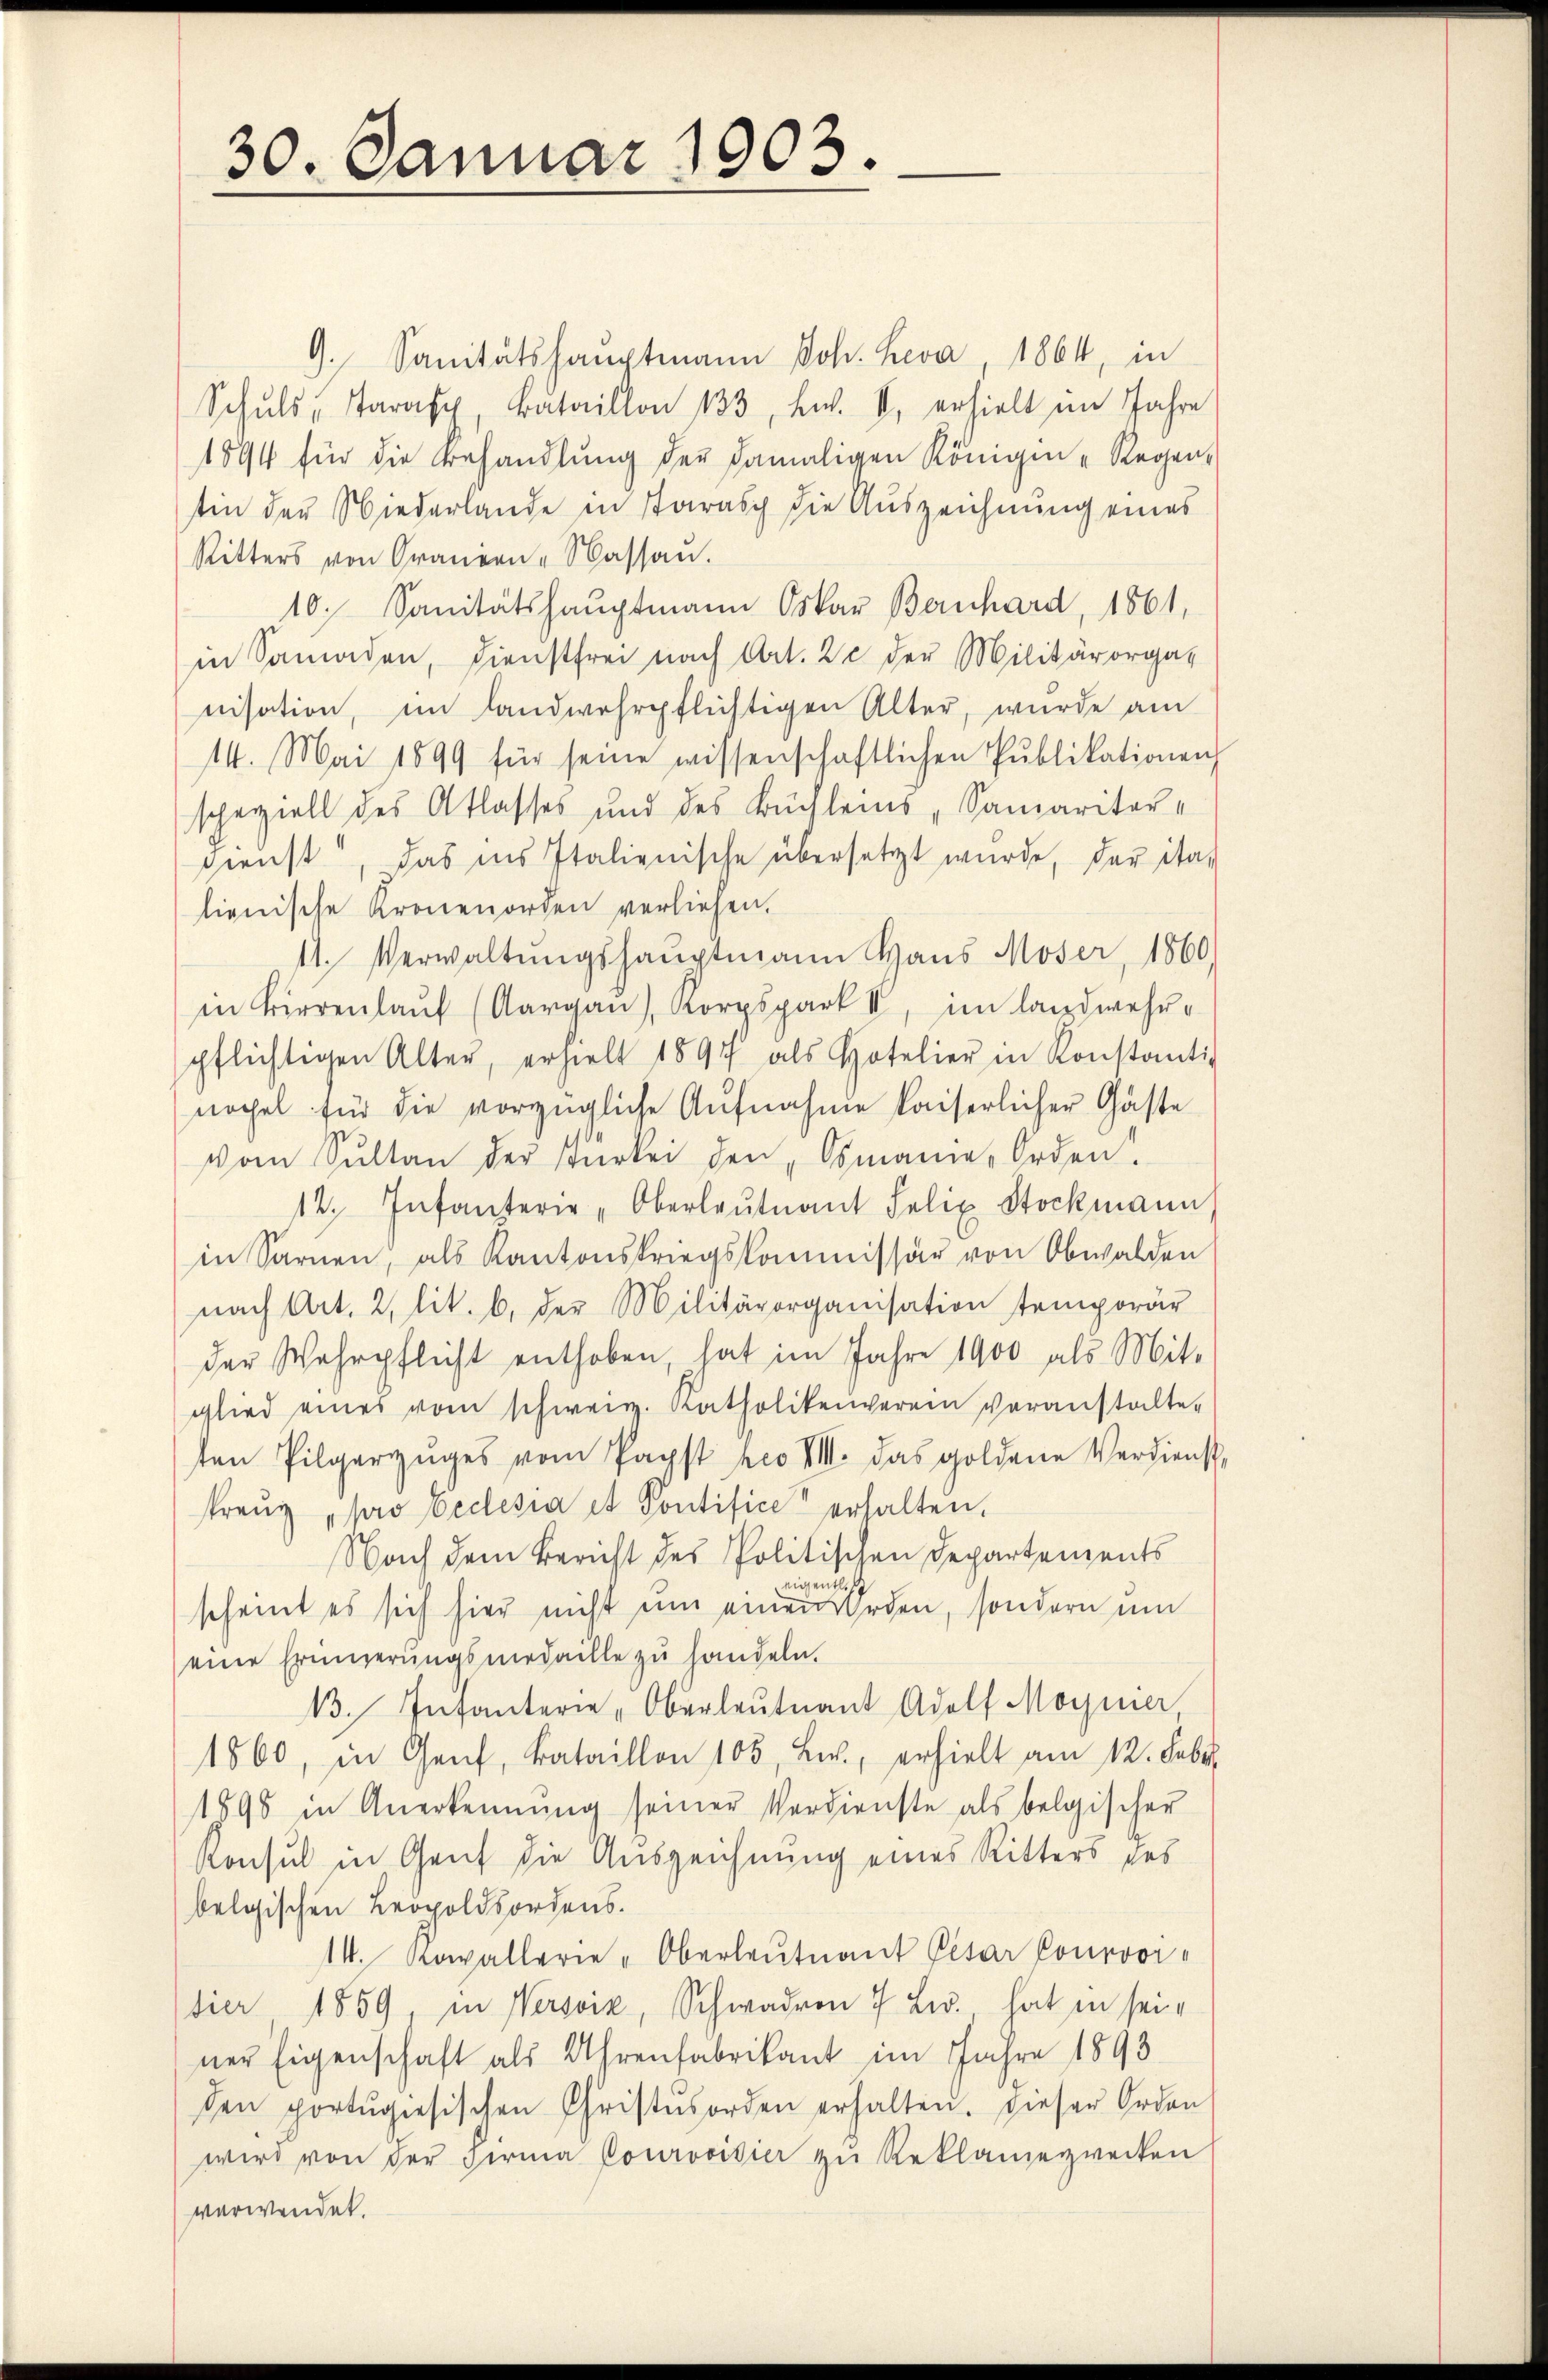
30. Januar 1903.

G. Sanitätshauptmann Joh. Keva, 1864, in
Schŭls, Taras Bataillon 133, Ew. I. erhielt im Jahre
1894 für die Behandlung der damaligen Königen Regen-
tin der Niederlande in Parasch die Auszeichnung eines
Ritters von Grauern - Wassau.
10. Sanitätshauptmann Oskar Bernhard, 1861,
in Samaden, dienstfrei nach Art. 22 der Militärorgas
nisation, im Landwehrpflichtigen Alter, wurde am
14. Mai 1899 für seine wissenschaftlichen Pŭblikationen
speziell des Atlasses und des Büchleins, Samaritar-
sienst, das ins Italienische übersetzt wurde, der ita-
lienische Kronenorden verliehen.
11. Verwaltungshauptmann Haus Moser, 1860)
in Birre (Aargau), Korpspark II, im landwehr-
pflichtigen Alter, erhielt 1894 als Hotelier in Konstanti-
nöchel für die vorzügliche Aufnahme kaiserlicher Gaste
vom Sultan der starkei den „Osmanne Orden.
12. Infanterie-Oberlaŭtnant Felix Stockmann
in Sarnen, als Kantonskriegskommissär von Obwalden
nach Art. 2, lit. b. der Militärorganisation temporär
der Wehrpflicht enthoben, hat im Jahre 1900 als Mit-
glied eines vom schweiz. Katholikenverein veranstalte-
ten Pilgerzŭges vom Papst heo VIII. das goldene Verdienst
kreŭz „pro Ecclesia et Pontifice erhalten.
Nach dem Bericht des Politischen Departements
eigentli
scheint es sich hier nicht um einen Orden, sondern um
eine Erinnerungsmedaille zu handeln.
13. Infanterie Oberleutnant Adolf Magnier
1860, in Genf, Bataillon 105, B., erhielt am 12. Febr.
1898 in Anerkennung seiner Verdienste als belgischer
Konsul in Genf die Auszeichnung eines Ritters des
belgischen Leopoldsordens.
14. Kowallerie-Oberleutnant Pesar Courovi-
bier 1859, in Wersvik, Schwadron 7 Lws. hat in seiner Eigenschaft als Uhrenfabrikant im Jahre 1893
den portŭgiesischen Christesorden erhalten. Dieser Orden
wird von der Firma Courovisier zŭ Reklamiezwecken
verwendet.